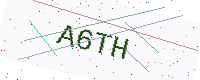
Text: A6TH